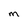
Character: m